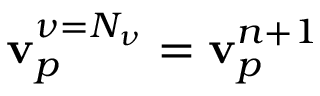
\mathbf { v } _ { p } ^ { \nu = N _ { \nu } } = \mathbf { v } _ { p } ^ { n + 1 }